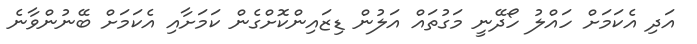
އަދި އެކަމަށް ހައްލު ހޯދޭނީ މަގުތައް އަލުން ޑިޒައިންކޮށްގެން ކަމަށާއި އެކަމަށް ބޭނުންވާނެ